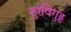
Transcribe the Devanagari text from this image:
तुरविगुड्ड